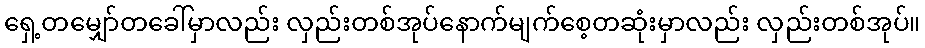
ရှေ့တမျှော်တခေါ်မှာလည်း လှည်းတစ်အုပ်နောက်မျက်စေ့တဆုံးမှာလည်း လှည်းတစ်အုပ်။